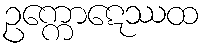
ဥက္ကောဋေဿထ